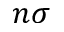
n \sigma